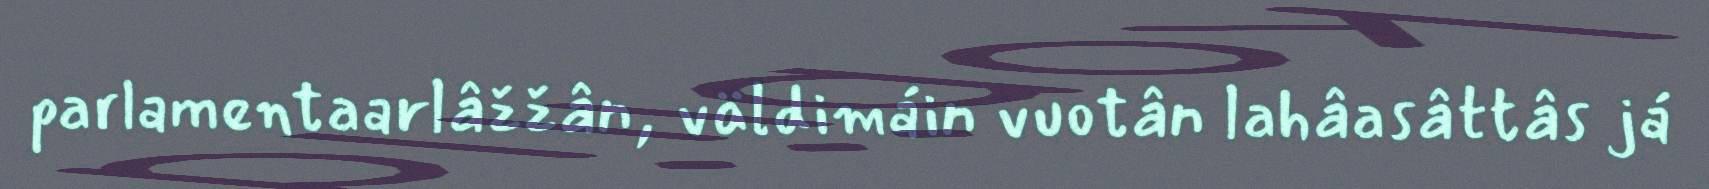
parlamentaarlâžžân, väldimáin vuotân lahâasâttâs já